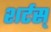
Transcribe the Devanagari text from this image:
शर्टस्